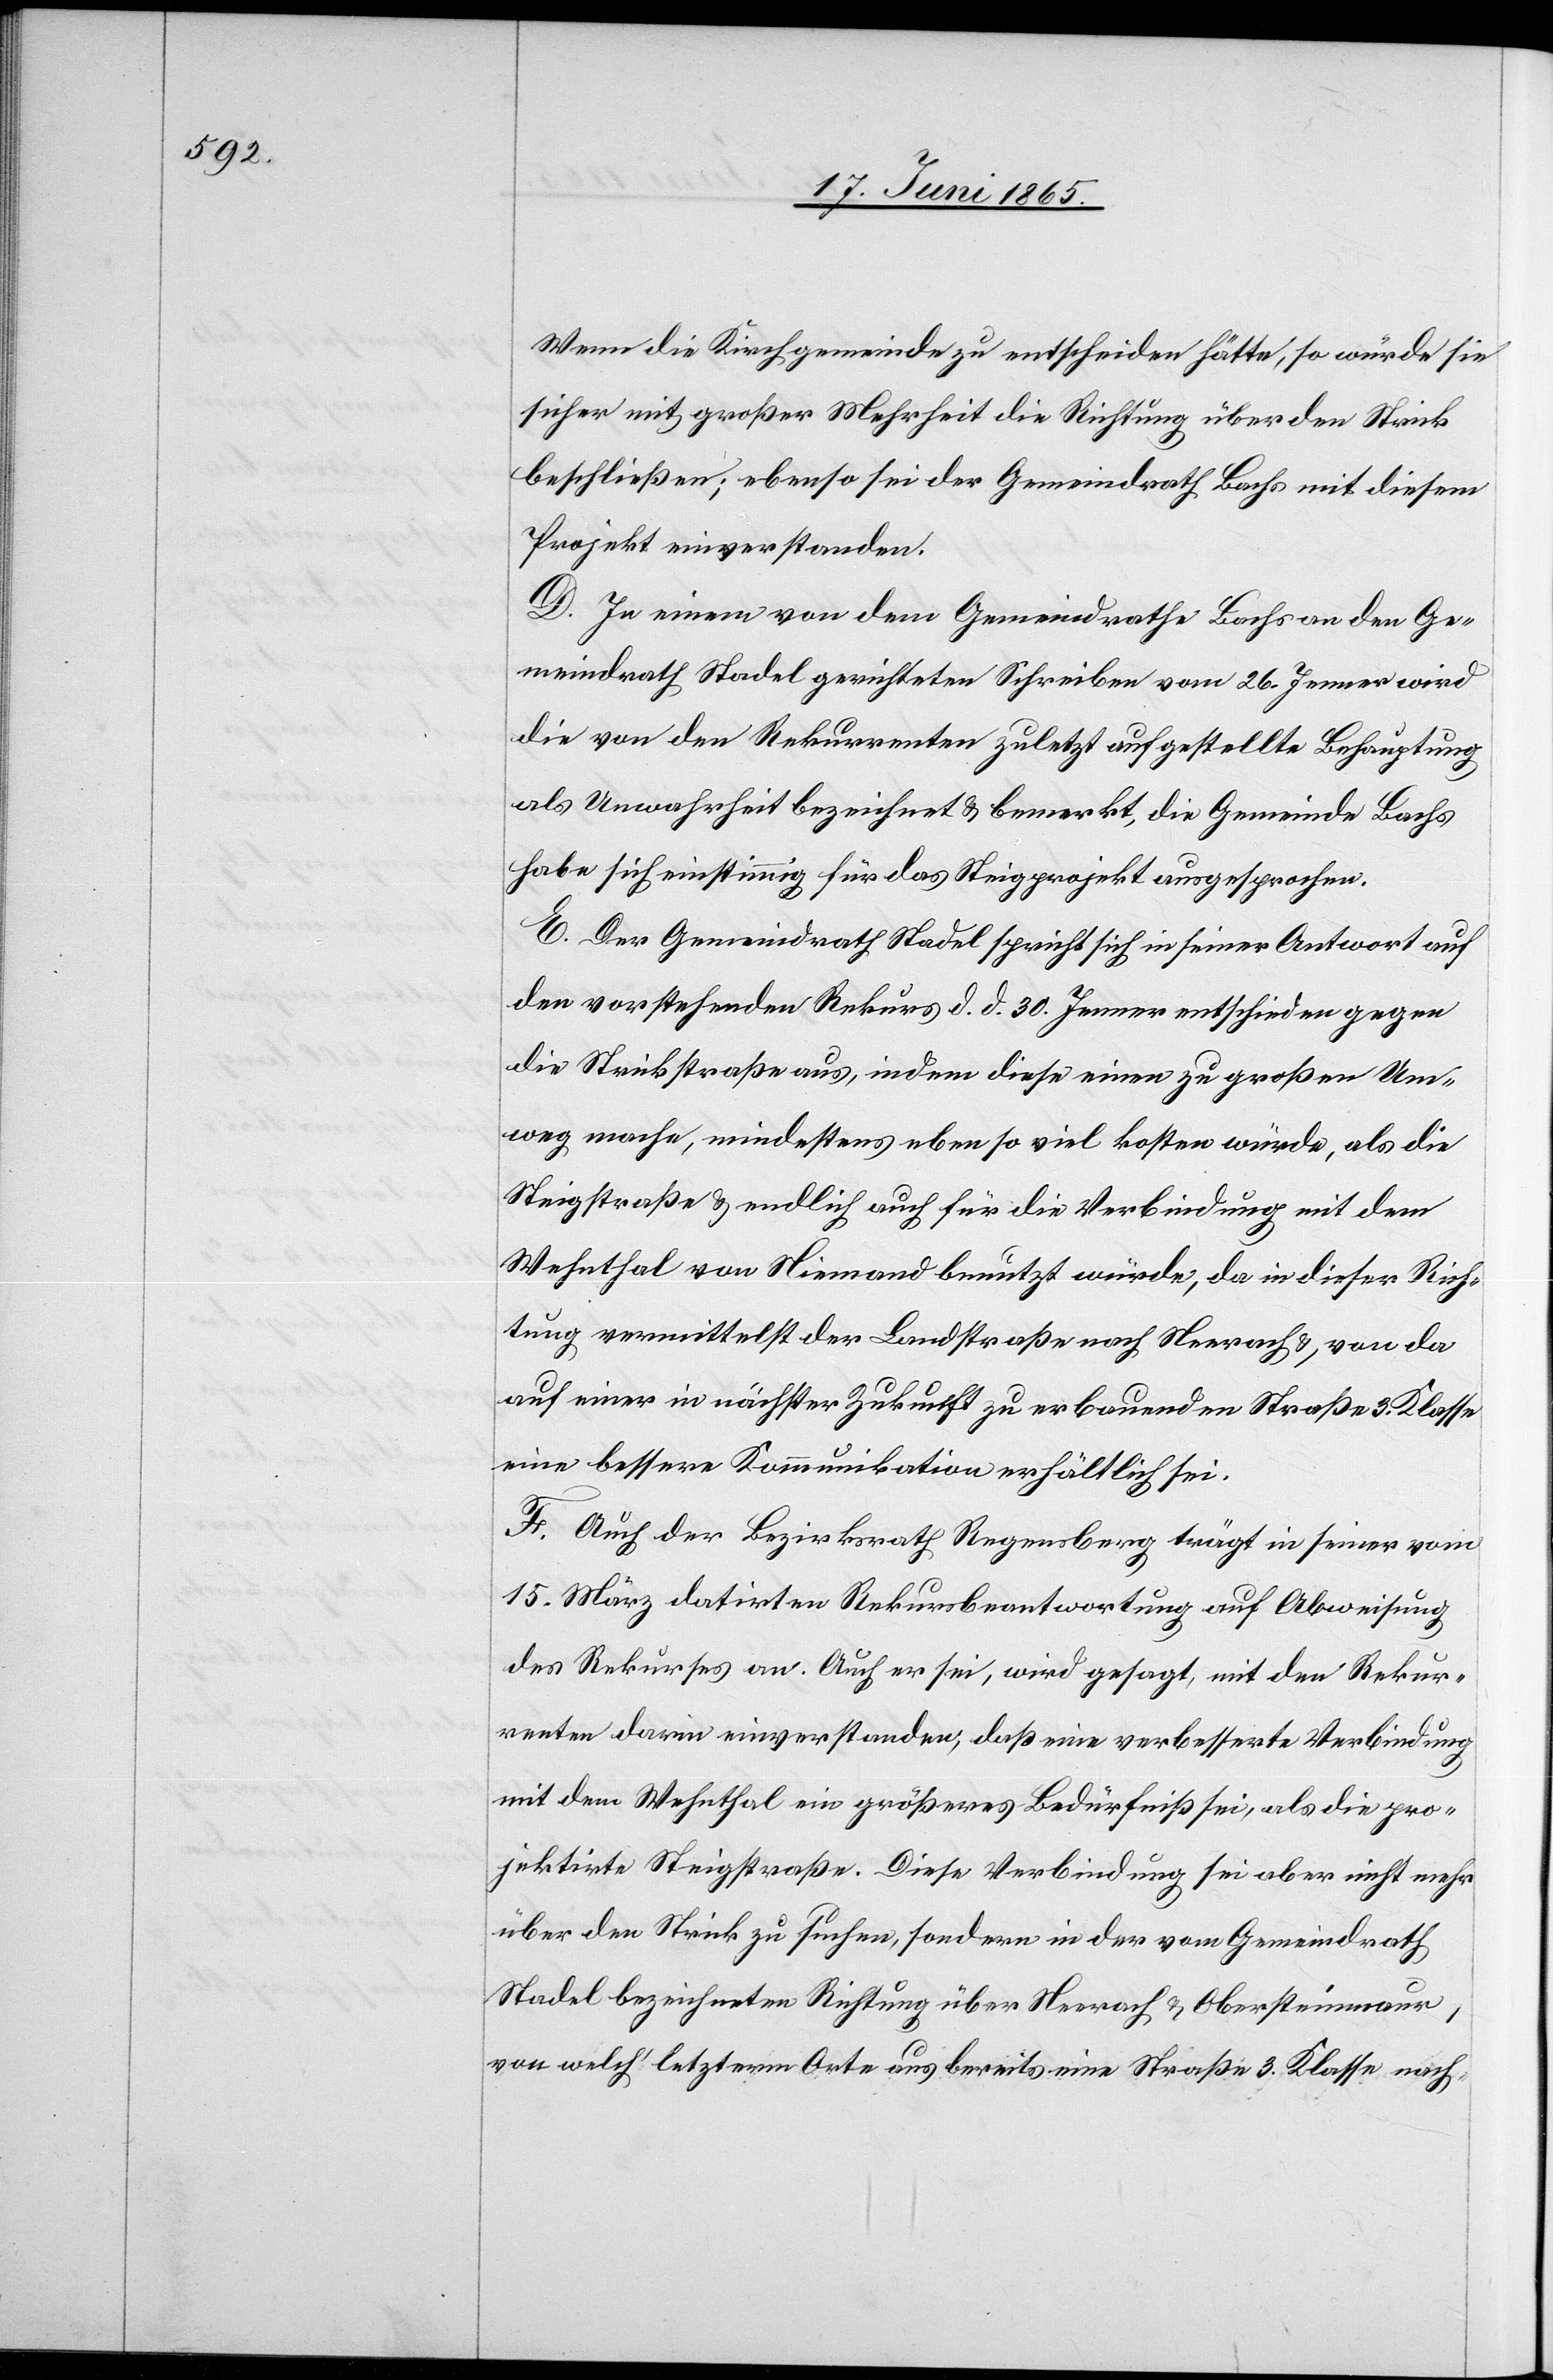
Wenn die Kirchgemeinde zu entscheiden hätte, so würde sie
sicher mit großer Mehrheit die Richtung über den Strick
beschließen; ebenso sei der Gemeindrath Bachs mit diesem
Projekt einverstanden.
D. In einem von dem Gemeindrathe Bachs an den Ge¬
meindrath Stadel gerichteten Schreiben vom 26. Jenner wird
die von den Rekurrenten zuletzt aufgestellte Behauptung
als Unwahrheit bezeichnet & bemerkt, die Gemeinde Bachs
habe sich einstimmig für das Steigprojekt ausgesprochen.
E. Der Gemeindrath Stadel spricht sich in seiner Antwort auf
den vorstehenden Rekurs d. d. 30. Jenner entschieden gegen
die Strickstraße aus, indem diese einen zu großen Um¬
weg mache, mindestens ebenso viel kosten würde, als die
Steigstraße & endlich auch für die Verbindung mit dem
Wehnthal von Niemand benutzt würde, da in dieser Rich¬
tung vermittelst der Landstraße nach Neerach & von da
auf einer in nächster Zukunft zu erbauenden Straße 3. Klasse
eine bessere Kommunikation erhältlich sei.
F. Auch der Bezirksrath Regensberg trägt in seiner vom
15. März datirten Rekursbeantwortung auf Abweisung
des Rekurses an. Auch er sei, wird gesagt, mit den Rekur¬
renten darin einverstanden, daß eine verbesserte Verbindung
mit dem Wehnthal ein größeres Bedürfniß sei, als die pro¬
jektirte Steigstraße. Diese Verbindung sei aber nicht mehr
über den Strick zu suchen, sondern in der vom Gemeindrath
Stadel bezeichneten Richtung über Neerach & Obersteinmaur,
von welch’ letzterm Orte aus bereits eine Straße 3. Klasse nach